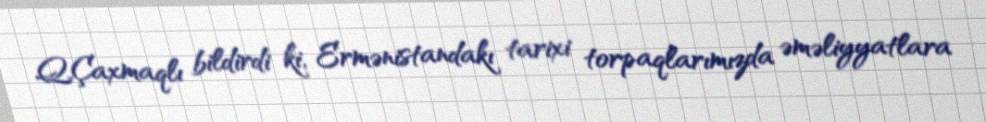
Q.Çaxmaqlı bildirdi ki, Ermənistandakı tarixi torpaqlarımızda əməliyyatlara